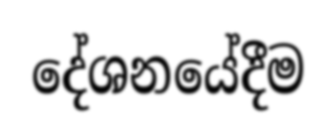
දේශනයේදීම